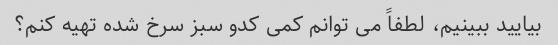
بیایید ببینیم، لطفاً می توانم کمی کدو سبز سرخ شده تهیه کنم؟